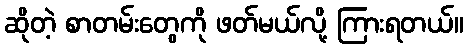
ဆိုတဲ့ စာတမ်းတွေကို ဖတ်မယ်လို့ ကြားရတယ်။